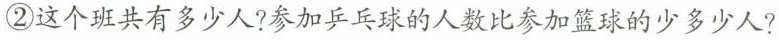
②这个班共有多少人?参加乒乓球的人数比参加篮球的少多少人?